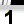
Digit: 1